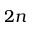
2 n